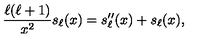
{ \frac { \ell ( \ell + 1 ) } { x ^ { 2 } } } s _ { \ell } ( x ) = s _ { \ell } ^ { \prime \prime } ( x ) + s _ { \ell } ( x ) ,